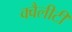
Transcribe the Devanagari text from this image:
क्वैलीटी